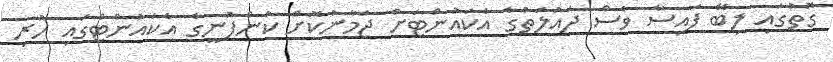
ގޮތުގައި ލިބޭ ފައިސާ ވެސް ދައުލަތުގެ އެކައުންޓަށް ޖަމާނުކޮށް ކުންފުނީގެ އެކައުންޓްގައި ހުރި